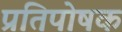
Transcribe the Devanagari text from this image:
प्रतिपोषक